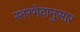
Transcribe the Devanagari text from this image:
स्तरभेदानुसार